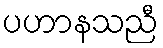
ပဟာနသညီ